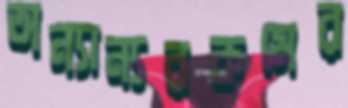
অন্যান্যরকমের